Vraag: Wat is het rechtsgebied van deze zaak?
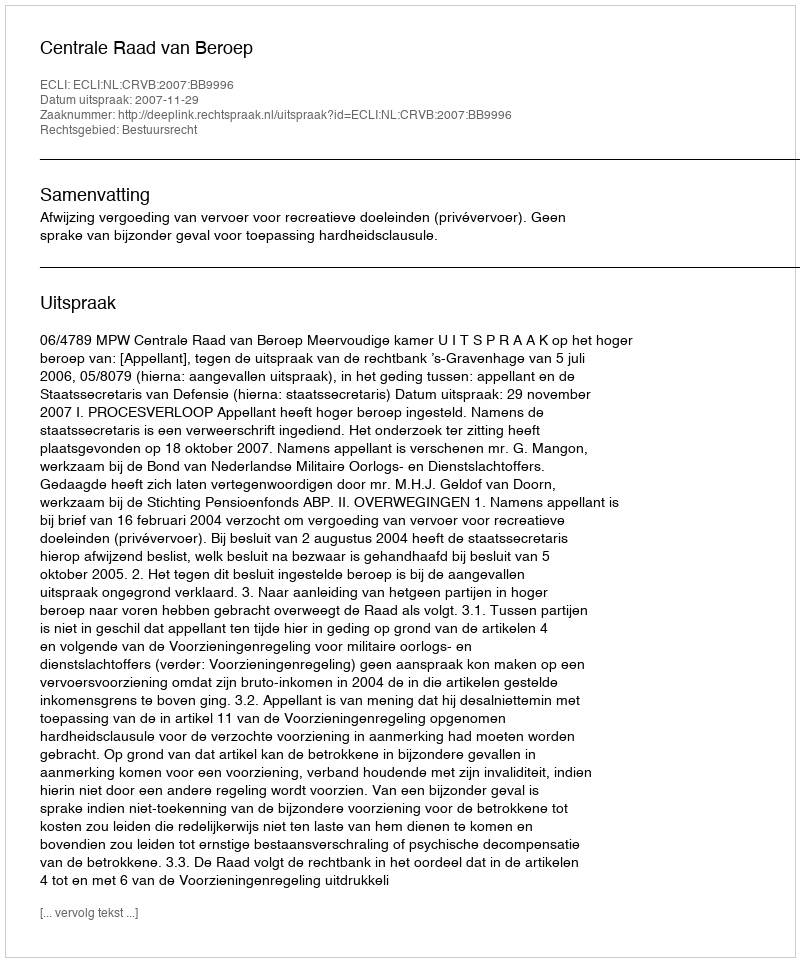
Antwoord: Bestuursrecht